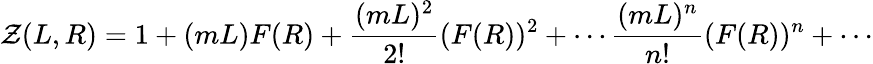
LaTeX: \mathcal{Z}(L,R)=1+(mL)F(R)+\frac{{(mL)^{2}}}{{2!}}(F(R))^{2}+\cdots\frac{{(mL)^{n}}}{{n!}}(F(R))^{n}+\cdots